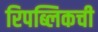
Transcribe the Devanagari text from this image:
रिपब्लिकची